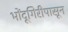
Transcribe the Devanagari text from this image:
भोंदूगिरीपासून